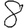
Digit: 8